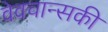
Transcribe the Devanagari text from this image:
वेवचान्सकी